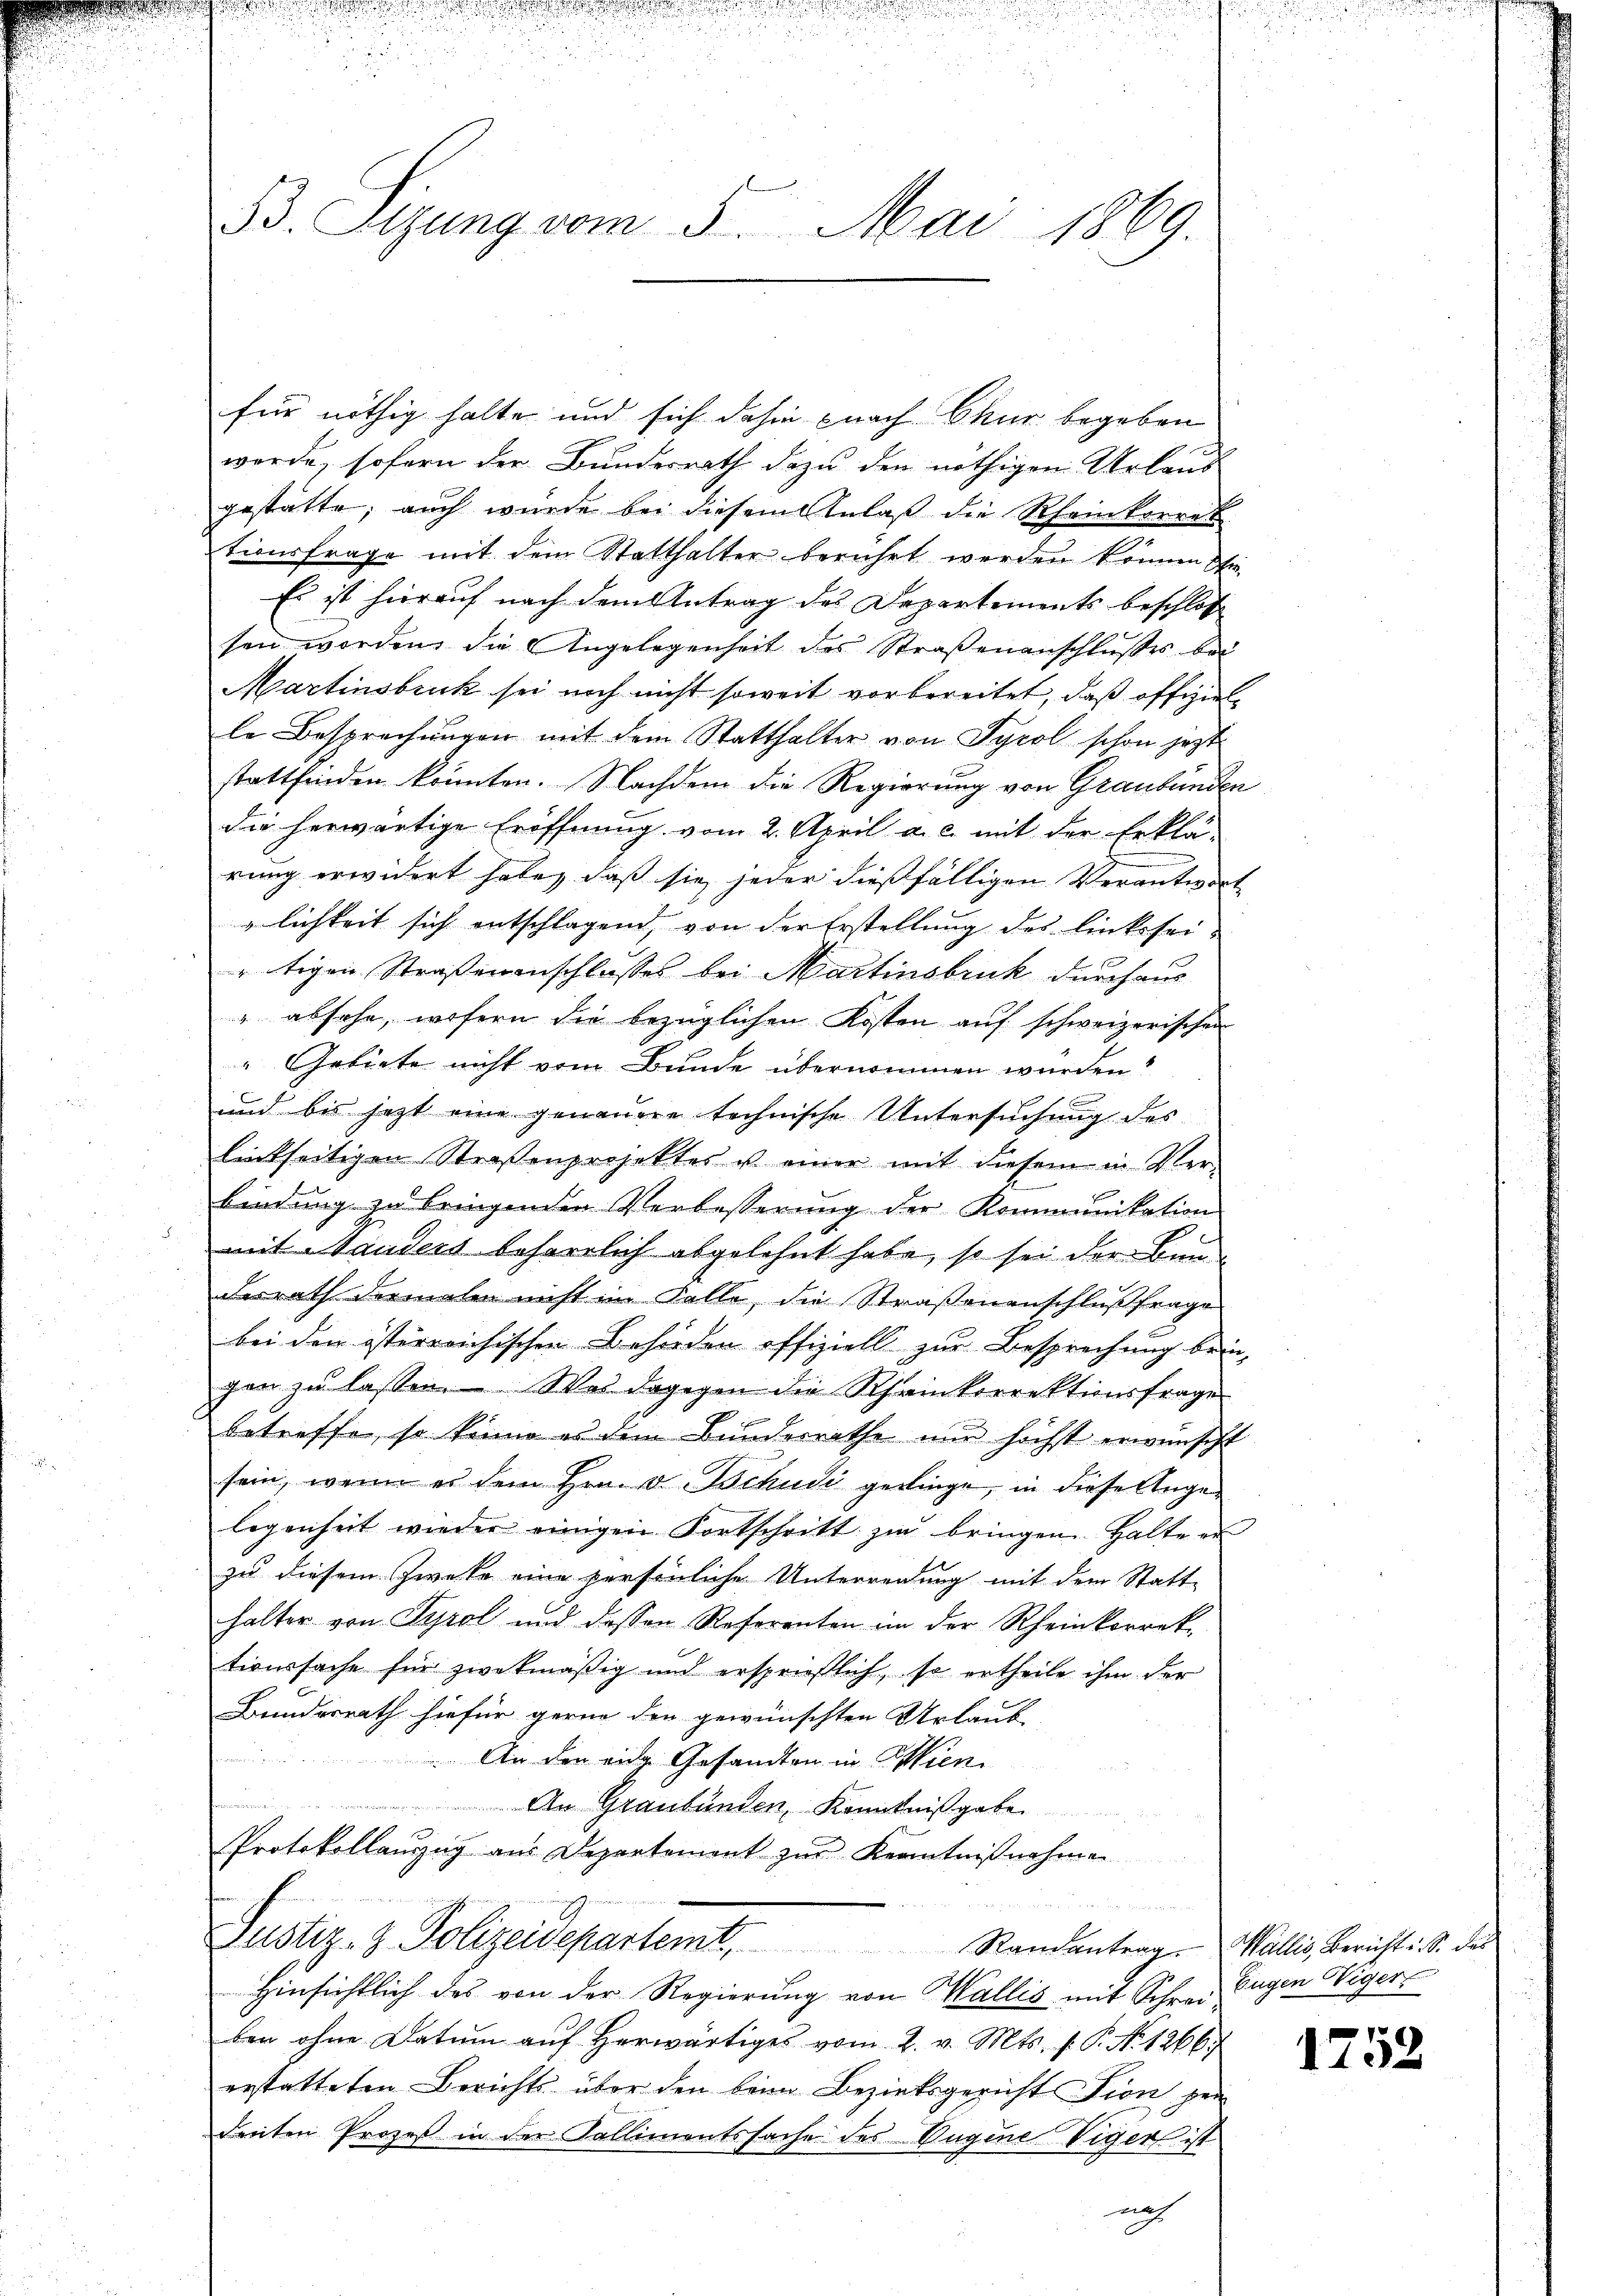
33. Sizung vom 5. Mai 1869.

für nöthig halte und sich dahin nach Chur begeben
werde, sofern der Bundesrath dazu den nöthigen Urlaus
gestätte; auch wurde bei diesem Anlaß die Rheinkorrek
tionsfrage mit dem Statthalter berührt werden können s
Es ist hierauf nach dem Antrag des Departements beschloss
sen worden die Angelegenheit des Straßenanschlußes bei
Martinsbruck sei noch nicht soweit vorbereitet, daß offizielle Besprechungen mit dem Statthalter von Tyrol schon jezt
stattfinden könnten. Nachdem die Regierung von Graubünden
die herwärtige Eröffnung vom 2. April a. c. mit der Erklä-
rung erwidert habe, daß sie jeder dießfälligen Verantier
lichkeit sich entschlagend, von der Erstellung des linkssei-
rtigen Straßenanschlusses bei Martinsbruk durchaus
" absehe, wofern die bezüglichen Kosten auf schweizerischen
" Gebiete nicht vom Bunde übernommen wurden.
und bis jetzt eine genauere technische Untersuchung des
linkseitigen Straßenprojektes ist einer mit diesem in Ver-
bindung zu bringenden Verbesserung der Kommunikation
mit Handers beharrlich abgelehnt habe, so sei der Bun
desrath dermalen nicht in Falle, die Straßenenschlußfrage
bei den österreichischen Behörden offiziell zur Besprechung bei
gen zu lassen. Was dagegen die Rheinkorrektionsfrage
betreffe, so könne es dem Bunderrathe nur höchst erwünscht
sein, wenn es dem Hrn. v. Bchudi geringe, in diese Angelegenheit wieder einigen Fortschritt zu bringen Halte er
zu diesem Zwecke eine persönliche Unterreidung mit dem Statt-
halter von Tyrol und dessen Referenten in der Rheinkorrek
tionssache für zwekmäßig und ersprießlich, so ertheile ihm der
Brindesrath hiefür gerne den gewünschten Urlaub¬
 An den eine Gesandten in Wien¬
 An Graubünden, Kenntnißgaben
Protokollanzug aus Departement zur Kenntnißnahme
E
ne Personen von 10. 10.
Justiz- & Polizeidepartemt, Randantrag. Wallis Bericht i. S. des
Hinsichtlich des von der Regierung von Wallis mit Schrei Eugen Viger
ben ohne Datum auf herwärtiges vom 2. v. Mts. f. P. N. 1266)
erstatteten Berichts über den beim Bezirksgericht Tion gen
denten Prozeß in der Kallimentssache des Augene Viger ist
nach

1752